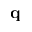
\mathbf q